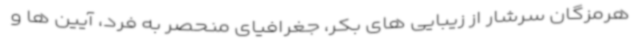
هرمزگان سرشار از زیبایی های بکر، جغرافیای منحصر به فرد، آیین ها و